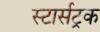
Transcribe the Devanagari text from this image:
स्टार्सट्रक